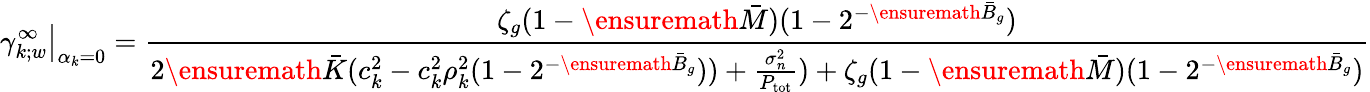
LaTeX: \left.\gamma_{k;w}^{\infty}\right\rvert_{\alpha_{k}=0}=\frac{\zeta_{g}(1-\ensuremath{\bar{M}})(1-2^{-\ensuremath{\bar{B}}_{g}})}{2\ensuremath{\bar{K}}(c_{k}^{2}-c_{k}^{2}\rho_{k}^{2}(1-2^{-\ensuremath{\bar{B}}_{g}}))+\frac{\sigma_{n}^{2}}{P_{\mathrm{tot}}})+\zeta_{g}(1-\ensuremath{\bar{M}})(1-2^{-\ensuremath{\bar{B}}_{g}})}